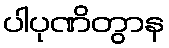
ပါပုဏိတွာန